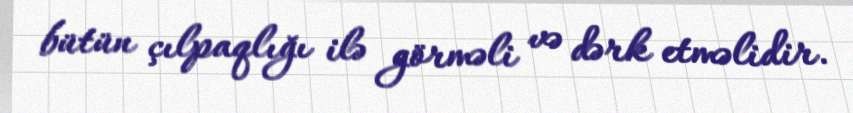
bütün çılpaqlığı ilə görməli və dərk etməlidir.